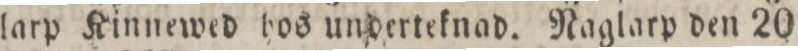
larp Kinnewed hos underteknad. Naglarp den 20